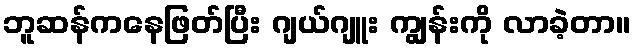
ဘူဆန်ကနေဖြတ်ပြီး ဂျယ်ဂျူး ကျွန်းကို လာခဲ့တာ။